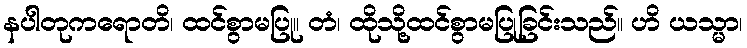
နပါတုကရောတိ၊ ထင်စွာမပြု။ တံ၊ ထိုသို့ထင်စွာမပြုခြင်းသည်။ ဟိ ယသ္မာ၊